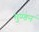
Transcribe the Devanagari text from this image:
मुण्डन